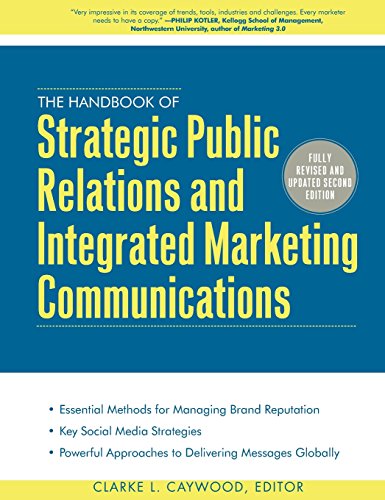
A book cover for The Handbook of Strategic Public Relations and Integrated Marketing Communications, Second Edition; Clarke Caywood; Business & Money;